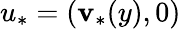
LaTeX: u_{*}=(\mathbf{v}_{*}(y),0)